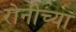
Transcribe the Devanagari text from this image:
रोनीच्या